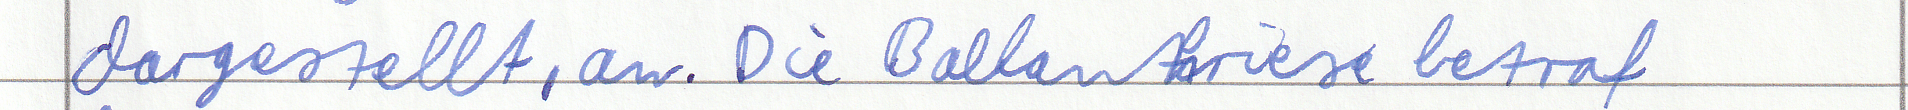
dargestellt, an. Die Balkankriese betraf